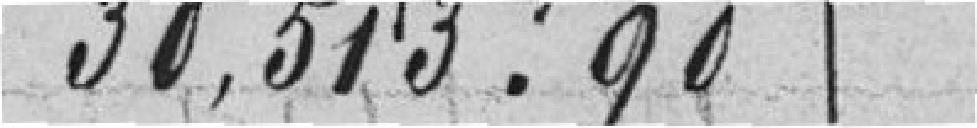
30,513.90